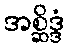
အစ္ဆိဒ္ဒံ